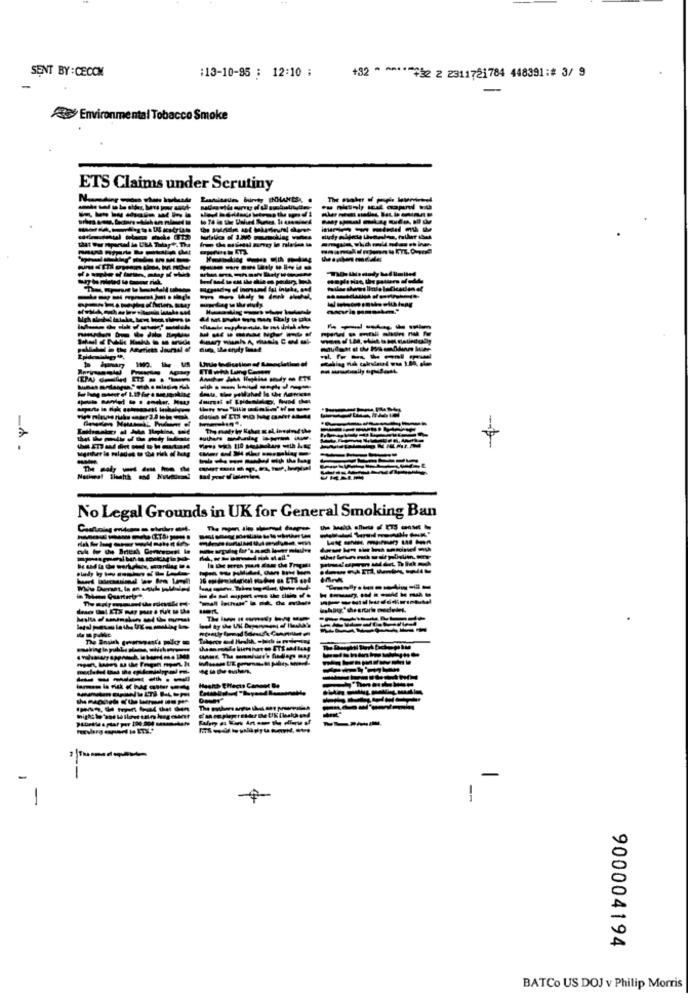
SENT BY : CECOM
:13-10-95 : 12:10 ;
+32 * ***** 2 2 2311721784 448391 :# 3/ 9
-
Environmental Tobacco Smoke
ETS Claims under Scrutiny
ang le nieies &a
--
-
7
No Legal Grounds in UK for General Smoking Ban
---- ----
-
-
-
900004194
BATCo US DOJ v Philip Morris